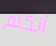
أتكلم